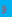
و